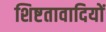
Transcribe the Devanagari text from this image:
शिष्टतावादियों